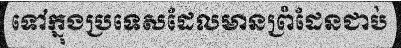
ទៅក្នុងប្រទេសដែលមានព្រំដែនជាប់